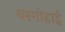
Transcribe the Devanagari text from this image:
बरगोहाईं